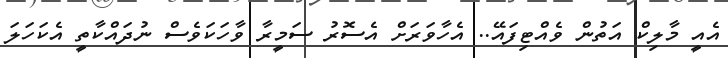
އެއީ މާލިކް އަތުން ވެއްޓިފައޭ.. އެހާވަރަށް އެސޮރު ސަމީރާ ވާހަކަވެސް ނުދައްކާތީ އެކަހަލަ